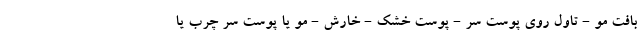
بافت مو - تاول روی پوست سر - پوست خشک - خارش - مو یا پوست سر چرب یا